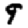
Digit: 9